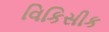
વિકિસીક